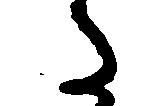
た